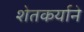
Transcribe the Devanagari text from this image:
शेतकर्याने